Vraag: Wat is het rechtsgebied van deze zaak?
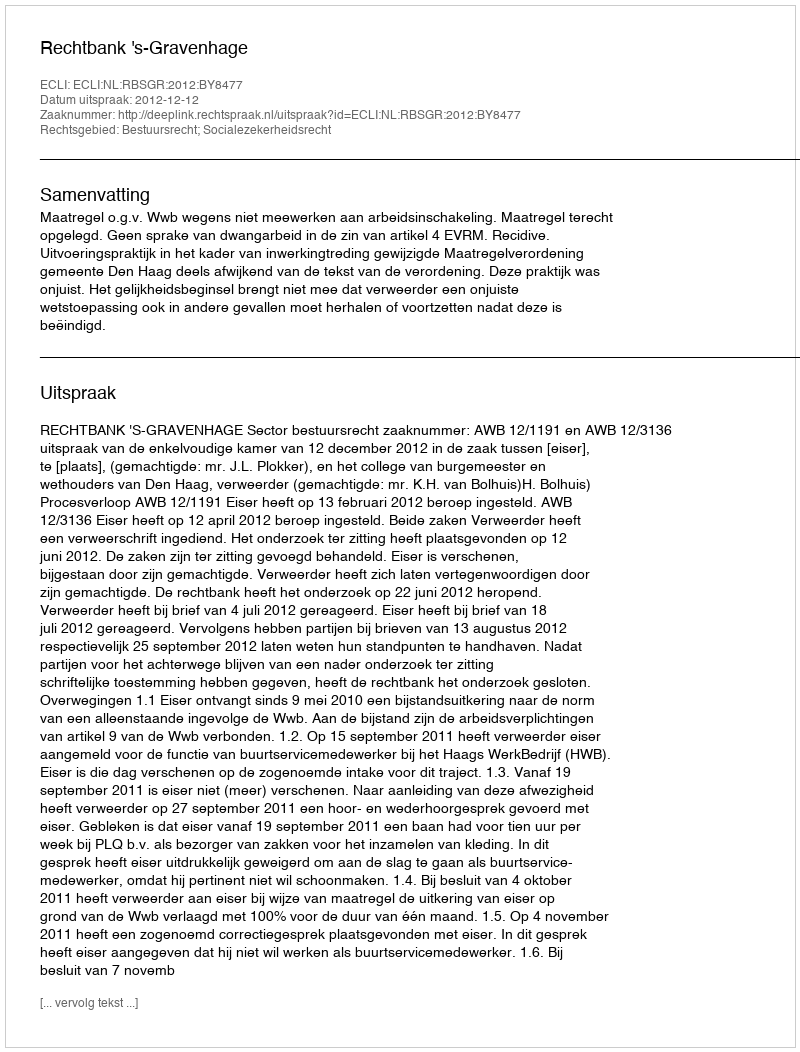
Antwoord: Bestuursrecht; Socialezekerheidsrecht